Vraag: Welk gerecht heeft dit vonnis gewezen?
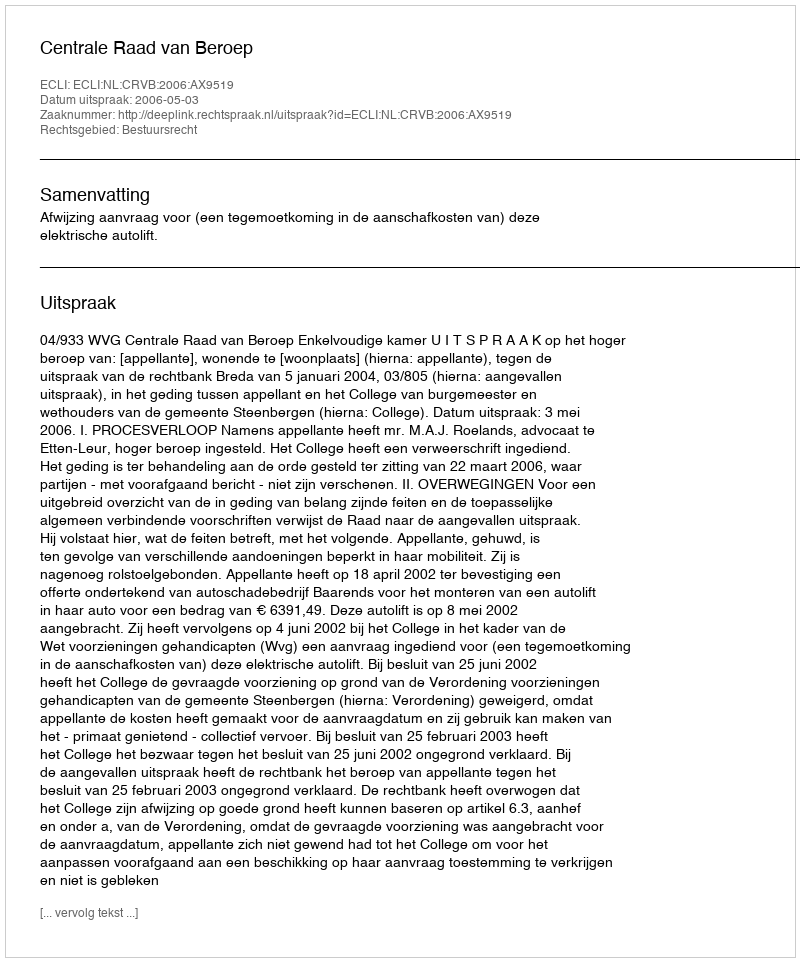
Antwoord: Centrale Raad van Beroep